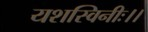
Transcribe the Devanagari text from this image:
यशस्विनीः।।